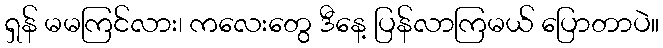
ရှန် မမကြင်လား၊ ကလေးတွေ ဒီနေ့ ပြန်လာကြမယ် ပြောတာပဲ။